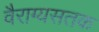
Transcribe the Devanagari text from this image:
वैराग्यसतक